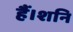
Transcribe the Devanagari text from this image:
हैं।शनि